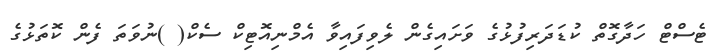
ޓެސްޓް ހަދާގޮތް ކުޑަދަރިފުޅުގެ ވަށައިގެން ލެވިފައިވާ އެމްނިއޮޓިކް ސެކް( )ނުވަތަ ފެން ކޮތަޅުގެ